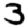
Digit: 3